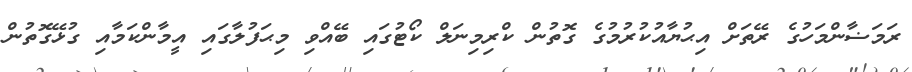
ރަމަޟާންމަހުގެ ރޭތަށް އިޙުޔާއުކުރުމުގެ ގޮތުން ކްރިމިނަލް ކޯޓުގައި ބޭއްވި މިޙަފުލާގައި އީމާންކަމާއި ގުޅޭގޮތުން